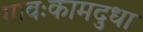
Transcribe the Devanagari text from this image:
गावःकामदुधा